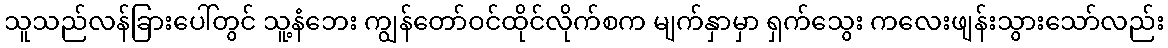
သူသည်လန်ခြားပေါ်တွင် သူ့နံဘေး ကျွန်တော်ဝင်ထိုင်လိုက်စက မျက်နှာမှာ ရှက်သွေး ကလေးဖျန်းသွားသော်လည်း